Newspaper: Wheeling register. [volume]
Place of publication: Wheeling, W. Va.
Publisher: Lewis Baker & Co.
Date: 1895-09-26 00:00:00
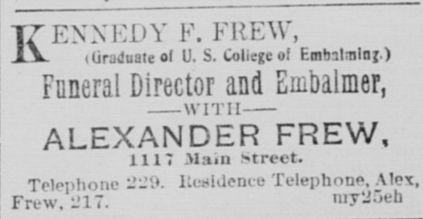
Advertisement text (OCR):
Ir ENN ED Y F. FREW, V (Graduate of U. S. College of Embalming.) Funeral Director and Embalmer, ALEXANDER FREW, 11X7 Mam street. Telephone 229. Residence Telephone, Alex, Frew, 217. iuy2oeh
Label: text-only